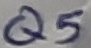
Text: Q5